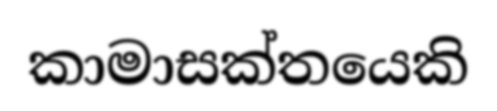
කාමාසක්තයෙකි